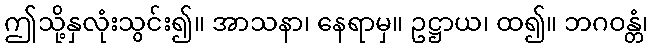
ဤသို့နှလုံးသွင်း၍။ အာသနာ၊ နေရာမှ။ ဥဋ္ဌာယ၊ ထ၍။ ဘဂဝန္တံ၊